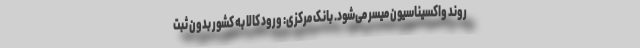
روند واکسیناسیون میسر می‌شود. بانک مرکزی: ورود کالا به کشور بدون ثبت